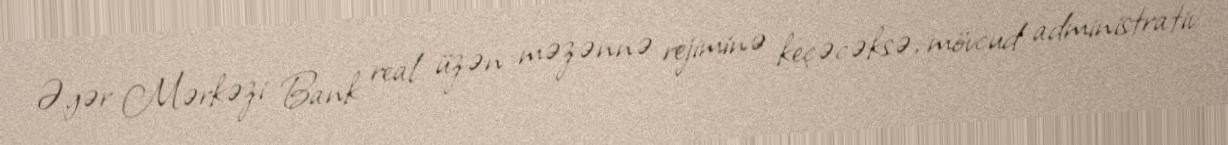
Əgər Mərkəzi Bank real üzən məzənnə rejiminə keçəcəksə, mövcud administrativ